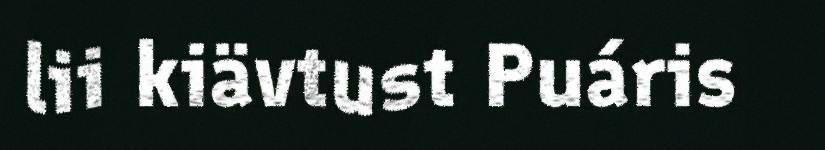
lii kiävtust Puáris